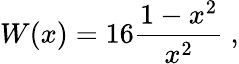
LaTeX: W(x)=16\frac{1-x^{2}}{x^{2}}\ ,